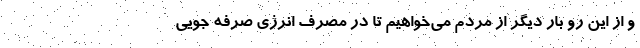
و از این رو بار دیگر از مردم می‌خواهیم تا در مصرف انرژی صرفه جویی